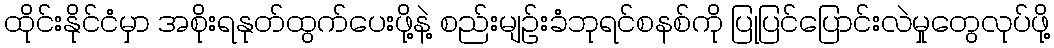
ထိုင်းနိုင်ငံမှာ အစိုးရနုတ်ထွက်ပေးဖို့နဲ့ စည်းမျဉ်းခံဘုရင်စနစ်ကို ပြုပြင်ပြောင်းလဲမှုတွေလုပ်ဖို့